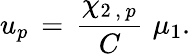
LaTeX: u_{p}\, =\, {\frac{\chi_{2\, ,\, p}}{C}}\, \, \mu_{1}.